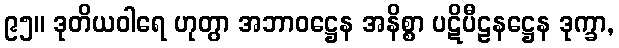
၉၅။ ဒုတိယဝါရေ ဟုတွာ အဘာဝဋ္ဌေန အနိစ္စာ ပဋိပီဠနဋ္ဌေန ဒုက္ခာ,